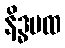
နိဒ္ဓမထ